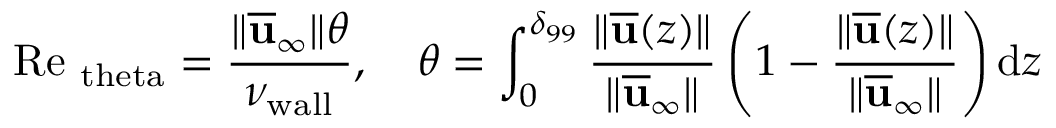
\mathrm { R e } _ { \mathrm { \ t h e t a } } = \frac { \Vert \overline { { \mathbf { u } } } _ { \infty } \Vert \theta } { \nu _ { \mathrm { w a l l } } } , \quad \theta = \int _ { 0 } ^ { \delta _ { 9 9 } } \frac { \Vert \overline { { \mathbf { u } } } ( z ) \Vert } { \Vert \overline { { \mathbf { u } } } _ { \infty } \Vert } \left( 1 - \frac { \Vert \overline { { \mathbf { u } } } ( z ) \Vert } { \Vert \overline { { \mathbf { u } } } _ { \infty } \Vert } \right) \mathrm d z